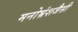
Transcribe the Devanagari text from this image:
मनोभ्रंशजैसी